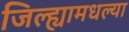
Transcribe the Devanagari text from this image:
जिल्ह्यामधल्या